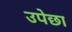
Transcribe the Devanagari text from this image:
उपेछा